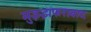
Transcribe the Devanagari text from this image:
मुझ्झफराबाद